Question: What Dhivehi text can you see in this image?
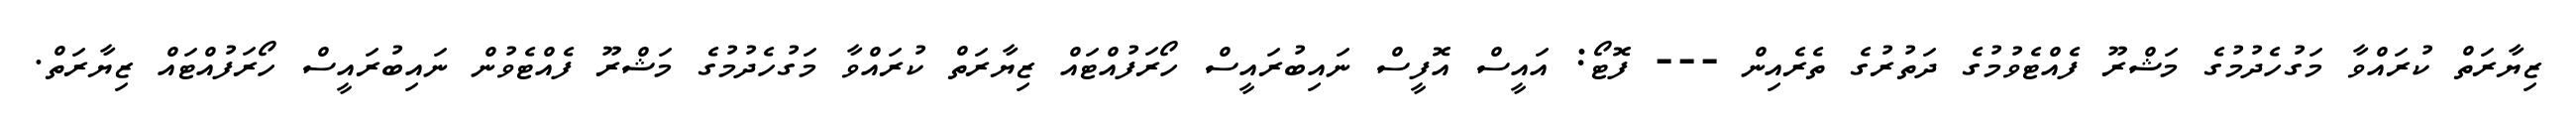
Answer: ޒިޔާރަތް ކުރައްވާ މަގުހެދުމުގެ މަޝްރޫ ފެއްޓެވުމުގެ ދަތުރުގެ ތެރެއިން --- ފޮޓޯ: އައީސް އޮފީސް ނައިބުރައީސް ހޯރަފުއްޓައް ޒިޔާރަތް ކުރައްވާ މަގުހެދުމުގެ މަޝްރޫ ފެއްޓެވުން ނައިބުރައީސް ހޯރަފުއްޓައް ޒިޔާރަތް.